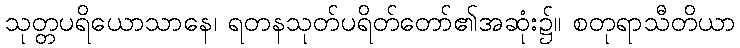
သုတ္တပရိယောသာနေ၊ ရတနသုတ်ပရိတ်တော်၏အဆုံး၌။ စတုရာသီတိယာ